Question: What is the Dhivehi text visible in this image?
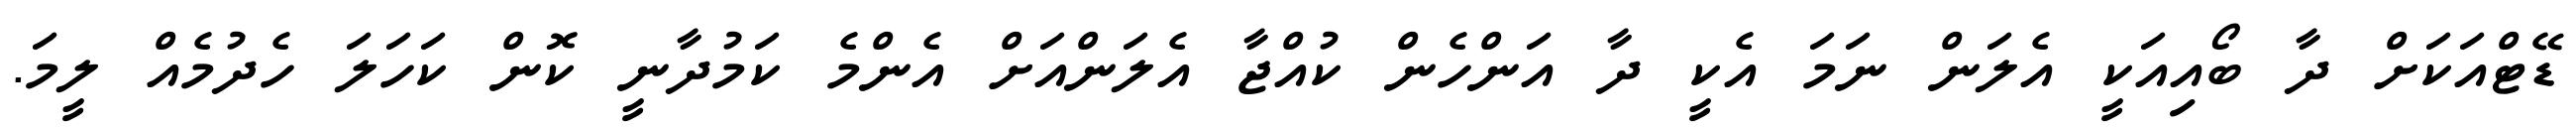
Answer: ޑޭޓްއަކަށް ދާ ބޯއިއަކީ އެލަން ނަމަ އެކީ ދާ އަންހެން ކުއްޖާ އެލަންއަށް އެންމެ ކަމުދާނީ ކޮން ކަހަލަ ހެދުމެއް ލީމަ.